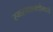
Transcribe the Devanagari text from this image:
स्मरणशक्तीमध्ये